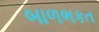
બાળભકત